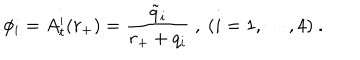
\phi _ { i } = A _ { t } ^ { i } ( r _ { + } ) = { \frac { \tilde { q } _ { i } } { r _ { + } + q _ { i } } } \ , \ ( i = 1 , \cdots , 4 ) \ .